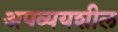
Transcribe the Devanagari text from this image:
अपव्ययशील